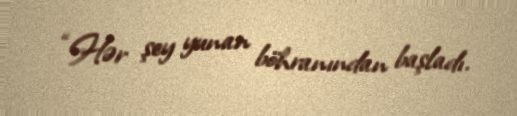
“Hər şey yunan böhranından başladı.